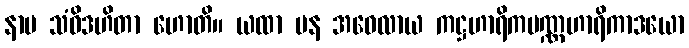
နာမ သံဝိဒဟိတာ ဟောတိ။ ယထာ ပန အဝေလာယ ကဋ္ဌဟာရိကပဏ္ဏဟာရိကာဒယော